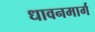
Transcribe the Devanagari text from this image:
धावनमार्ग